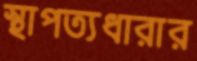
স্থাপত্যধারার